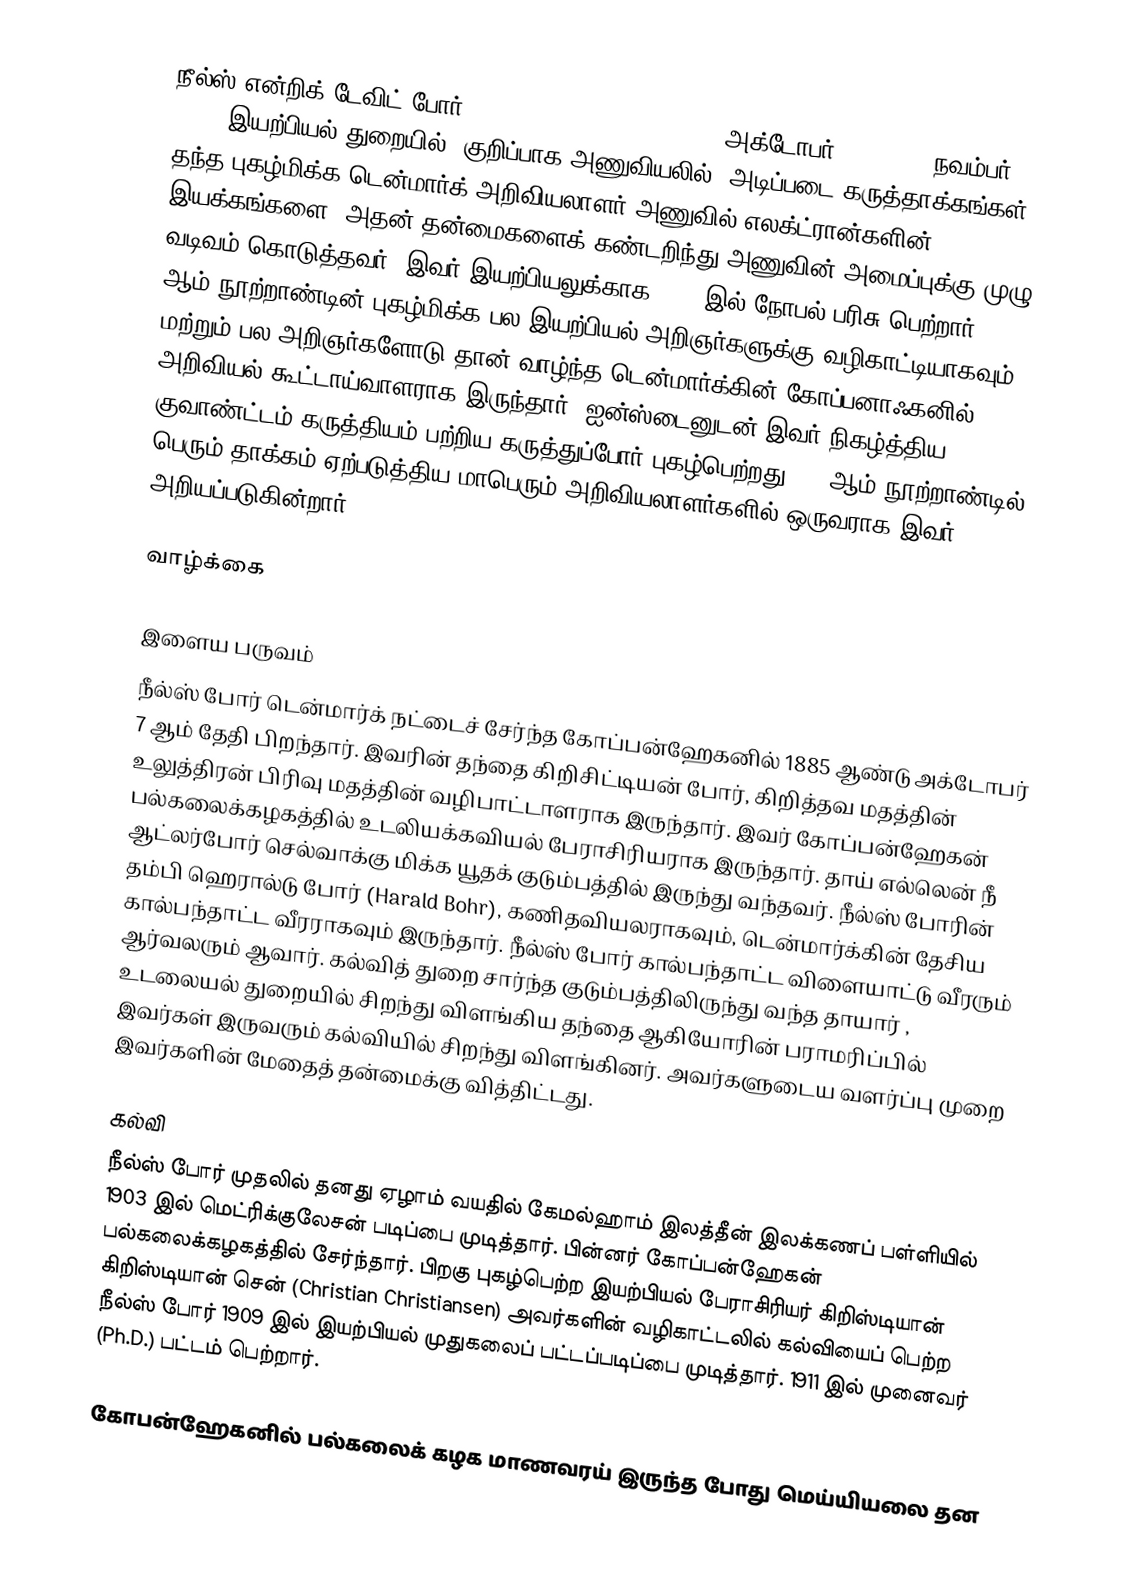
நீல்ஸ் என்றிக் டேவிட் போர் (Niels Henrik David Bohr, , அக்டோபர் 7, 1885 - நவம்பர் 18, 1962) இயற்பியல் துறையில், குறிப்பாக அணுவியலில், அடிப்படை கருத்தாக்கங்கள் தந்த புகழ்மிக்க டென்மார்க் அறிவியலாளர்.அணுவில் எலக்ட்ரான்களின் இயக்கங்களை, அதன் தன்மைகளைக் கண்டறிந்து அணுவின் அமைப்புக்கு முழு வடிவம் கொடுத்தவர். இவர் இயற்பியலுக்காக 1922 இல் நோபல் பரிசு பெற்றார். 20 ஆம் நூற்றாண்டின் புகழ்மிக்க பல இயற்பியல் அறிஞர்களுக்கு வழிகாட்டியாகவும் மற்றும் பல அறிஞர்களோடு தான் வாழ்ந்த டென்மார்க்கின் கோப்பனாஃகனில் அறிவியல் கூட்டாய்வாளராக இருந்தார். ஐன்ஸ்டைனுடன் இவர் நிகழ்த்திய குவாண்ட்டம் கருத்தியம் பற்றிய கருத்துப்போர் புகழ்பெற்றது. 20 ஆம் நூற்றாண்டில் பெரும் தாக்கம் ஏற்படுத்திய மாபெரும் அறிவியலாளர்களில் ஒருவராக இவர் அறியப்படுகின்றார்.

வாழ்க்கை

இளைய பருவம்
நீல்ஸ் போர் டென்மார்க் நட்டைச் சேர்ந்த கோப்பன்ஹேகனில் 1885 ஆண்டு அக்டோபர் 7 ஆம் தேதி பிறந்தார். இவரின் தந்தை கிறிசிட்டியன் போர், கிறித்தவ மதத்தின் உலுத்திரன் பிரிவு மதத்தின் வழிபாட்டாளராக இருந்தார். இவர் கோப்பன்ஹேகன் பல்கலைக்கழகத்தில் உடலியக்கவியல் பேராசிரியராக இருந்தார்.  தாய் எல்லென் நீ ஆட்லர்போர் செல்வாக்கு மிக்க யூதக் குடும்பத்தில் இருந்து வந்தவர். நீல்ஸ் போரின் தம்பி ஹெரால்டு போர் (Harald Bohr), கணிதவியலராகவும், டென்மார்க்கின் தேசிய கால்பந்தாட்ட வீரராகவும் இருந்தார். நீல்ஸ் போர்  கால்பந்தாட்ட விளையாட்டு வீரரும் ஆர்வலரும் ஆவார். கல்வித் துறை சார்ந்த குடும்பத்திலிருந்து வந்த  தாயார் , உடலையல் துறையில் சிறந்து விளங்கிய தந்தை ஆகியோரின் பராமரிப்பில்  இவர்கள் இருவரும் கல்வியில் சிறந்து விளங்கினர். அவர்களுடைய வளர்ப்பு முறை இவர்களின் மேதைத் தன்மைக்கு வித்திட்டது.

கல்வி
நீல்ஸ் போர் முதலில் தனது ஏழாம் வயதில் கேமல்ஹாம் இலத்தீன் இலக்கணப் பள்ளியில் 1903 இல் மெட்ரிக்குலேசன் படிப்பை முடித்தார். பின்னர் கோப்பன்ஹேகன் பல்கலைக்கழகத்தில் சேர்ந்தார். பிறகு புகழ்பெற்ற இயற்பியல் பேராசிரியர் கிறிஸ்டியான் கிறிஸ்டியான் சென் (Christian Christiansen) அவர்களின் வழிகாட்டலில் கல்வியைப் பெற்ற நீல்ஸ் போர் 1909 இல் இயற்பியல் முதுகலைப் பட்டப்படிப்பை முடித்தார். 1911 இல் முனைவர் (Ph.D.) பட்டம் பெற்றார்.

கோபன்ஹேகனில் பல்கலைக் கழக மாணவரய் இருந்த போது மெய்யியலை தன